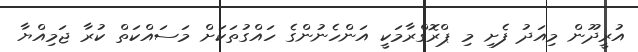
އުރީދޫން މިއަދު ފެށި މި ޕްރޮގްރާމަކީ އަންހެނުންގެ ހައްގުތަކަށް މަސައްކަތް ކުރާ ޖަމިއްޔާ